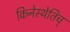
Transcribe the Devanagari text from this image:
किनेस्थेतिच्